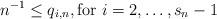
LaTeX: \begin{align*}n^{-1}\leq q_{i,n},\mbox{for }i=2,\ldots ,s_{n}-1 \end{align*}